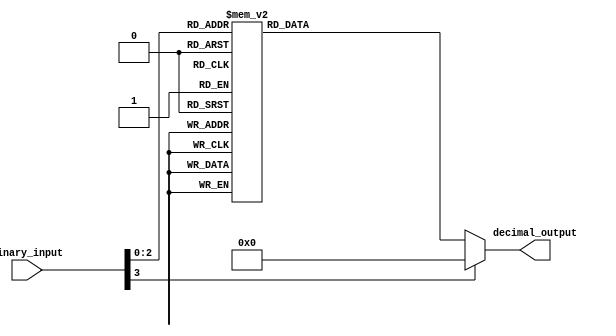
module bcd_decoder (
    input [3:0] binary_input,
    output reg [9:0] decimal_output
);

always @* begin
    case(binary_input)
        4'b0000: decimal_output = 10'b0000000001; //output 0
        4'b0001: decimal_output = 10'b0000000010; //output 1
        4'b0010: decimal_output = 10'b0000000100; //output 2
        4'b0011: decimal_output = 10'b0000001000; //output 3
        4'b0100: decimal_output = 10'b0000010000; // 4
        4'b0101: decimal_output = 10'b0000100000; // 5
        4'b0110: decimal_output = 10'b0001000000; // 6
        4'b0111: decimal_output = 10'b0010000000; // 7
        4'b100, 4'b101, 4'b110, 4'b111: decimal_output = 10'b0100000000; // 8, 9
        default: decimal_output = 10'b0000000000;
    endcase
end

endmodule